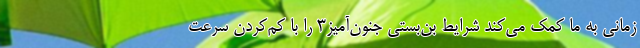
زمانی به ما کمک می‌کند شرایط بن‌بستی جنون‌آمیز۳ را با کم‌کردن سرعت